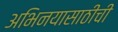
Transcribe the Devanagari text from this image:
अभिनयासाठीची